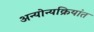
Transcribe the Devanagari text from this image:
अन्योन्यक्रियांत